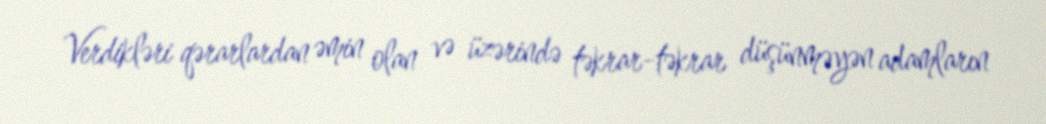
Verdikləri qərarlardan əmin olan və üzərində təkrar-təkrar düşünməyən adamların